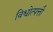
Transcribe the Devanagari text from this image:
विश्वोत्पत्तौ